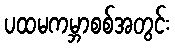
ပထမကမ္ဘာစစ်အတွင်း